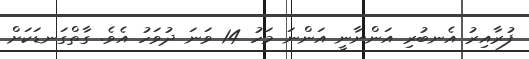
ފުރާއިރު އެނބުރި އަންނާނީ އަންނަ މަހު 14 ވަނަ ދުވަހު އެވެ. ގާތްގަނޑަކަށް